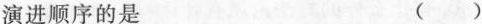
演进顺序的是 ( )